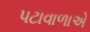
પટાવાળાએ